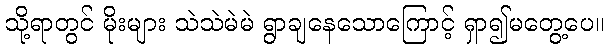
သို့ရာတွင် မိုးများ သဲသဲမဲမဲ ရွာချနေသောကြောင့် ရှာ၍မတွေ့ပေ။